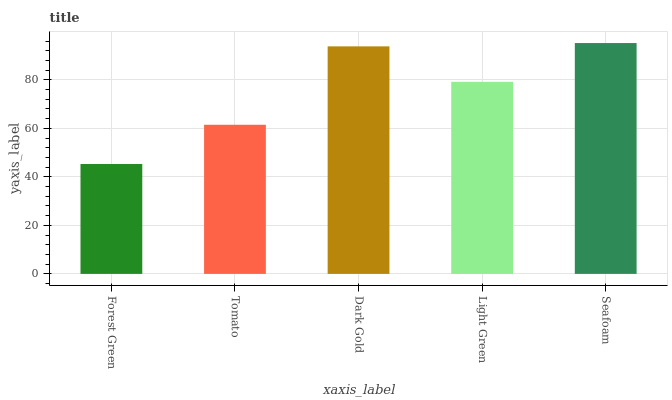
| xaxis_label | bars |
 | --- | --- |
 | Forest Green | 45.3 |
 | Tomato | 61.5 |
 | Dark Gold | 93.8 |
 | Light Green | 79.2 |
 | Seafoam | 95.2 |